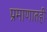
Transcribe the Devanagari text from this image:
प्रमाणातही